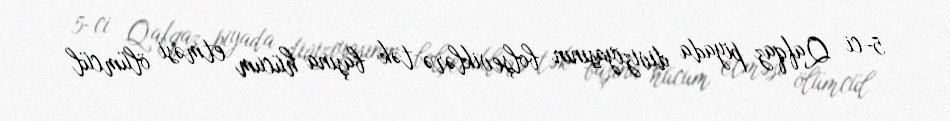
5-ci Qafqaz piyada diviziyasının bolşeviklərə tək başına hücum etməsi ölümcül